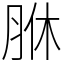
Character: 䏫